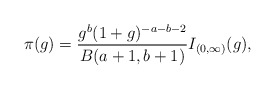
\begin{align*} \pi(g) = \frac{g^b(1 + g)^{-a - b - 2}}{B(a + 1, b + 1)}I_{(0, \infty)}{(g)},\end{align*}